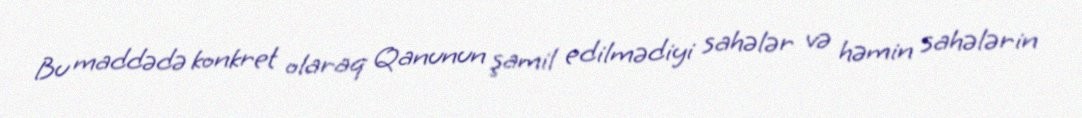
Bu maddədə konkret olaraq Qanunun şamil edilmədiyi sahələr və həmin sahələrin